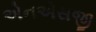
એનએસજી